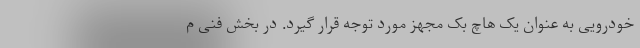
خودرویی به عنوان یک هاچ بک مجهز مورد توجه قرار گیرد. در بخش فنی م